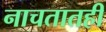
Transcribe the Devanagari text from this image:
नाचतातही